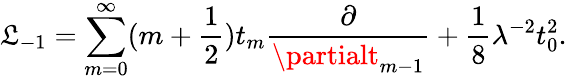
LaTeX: \mathfrak{L}_{-1}=\sum_{m=0}^{\infty}(m+\frac{{1}}{{2}})t_{m}\frac{{\partial}}{{\partialt_{m-1}}}+\frac{{1}}{{8}}\lambda^{-2}t_{0}^{2}.